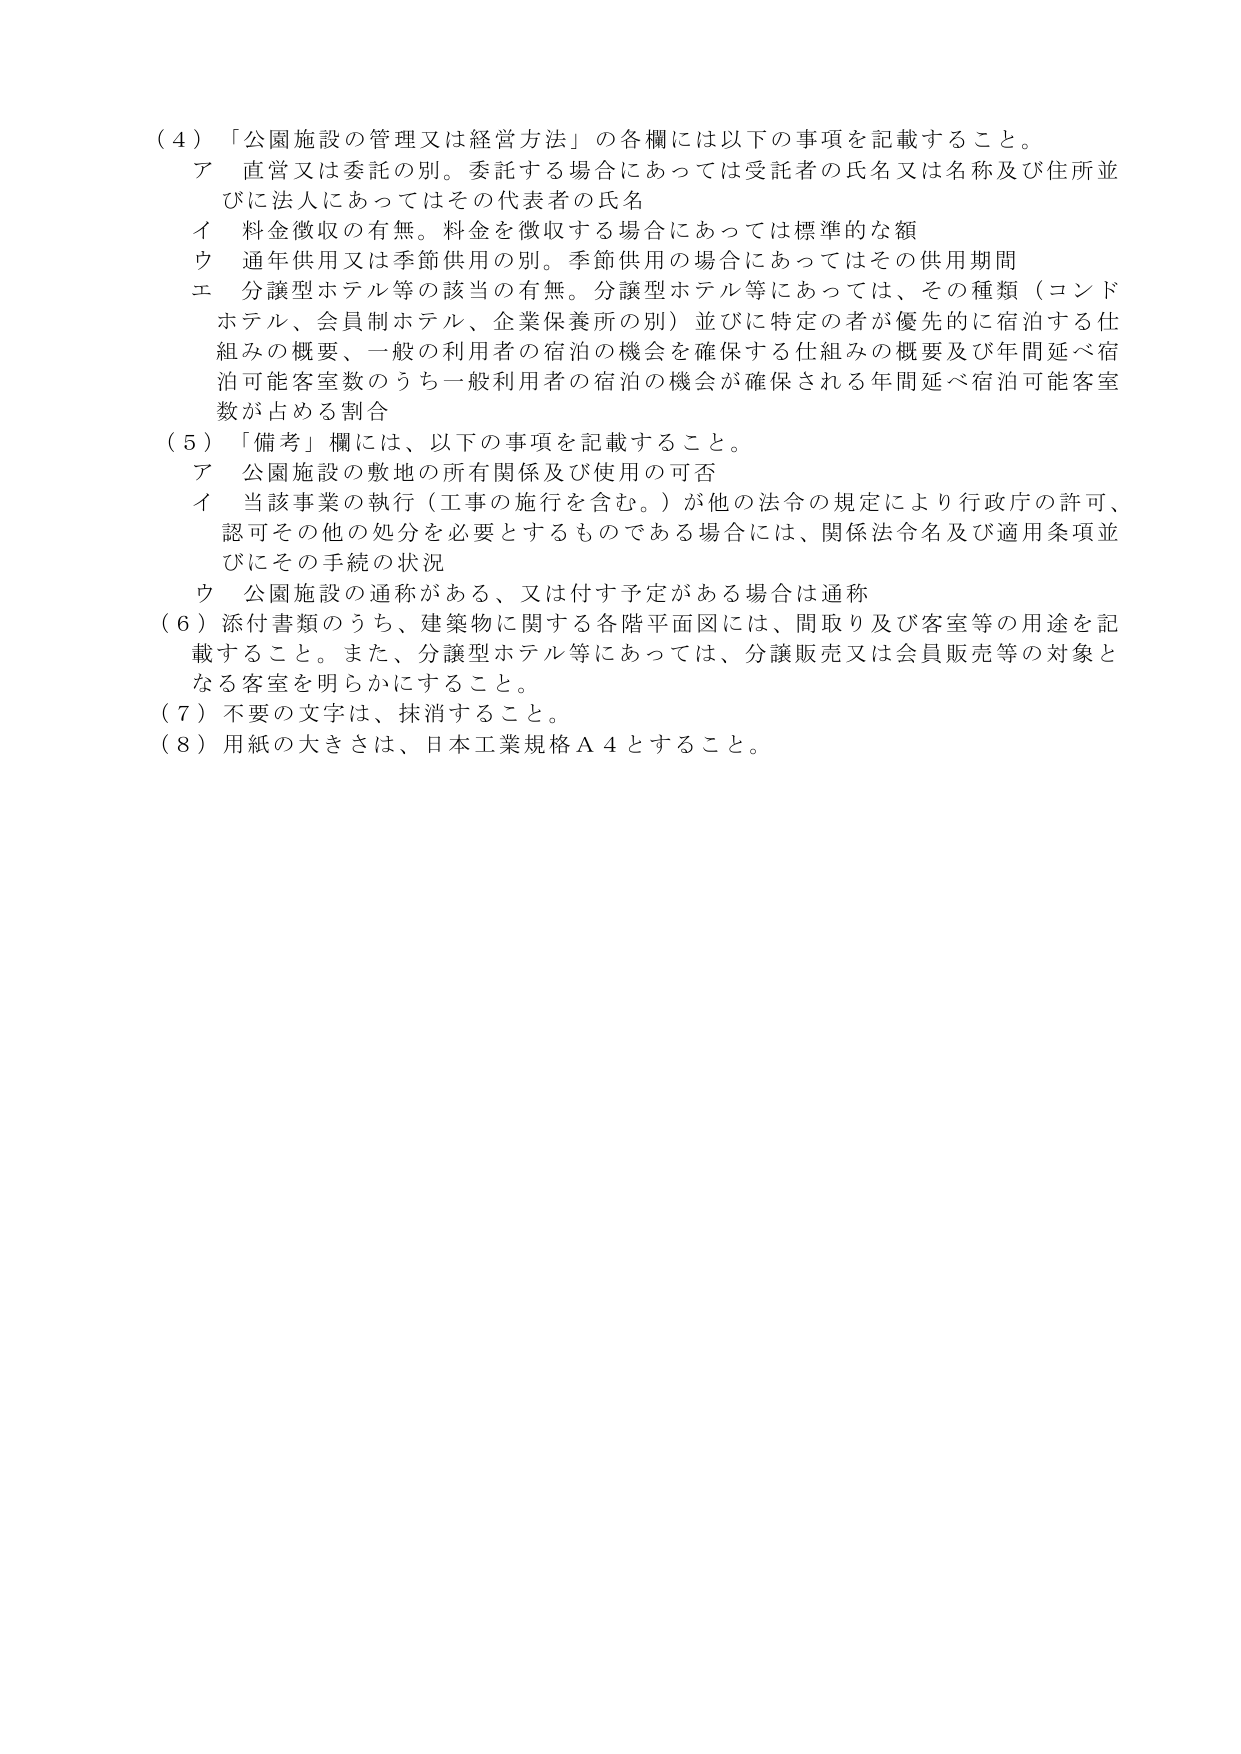
（４）「公園施設の管理又は経営方法」の各欄には以下の事項を記載すること。
　ア　直営又は委託の別。委託する場合にあっては受託者の氏名又は名称及び住所並びに法人にあってはその代表者の氏名
　イ　料金徴収の有無。料金を徴収する場合にあっては標準的な額
　ウ　通年供用又は季節供用の別。季節供用の場合にあってはその供用期間
　エ　分譲型ホテル等の該当の有無。分譲型ホテル等にあっては、その種類（コンドホテル、会員制ホテル、企業保養所の別）並びに特定の者が優先的に宿泊する仕組みの概要、一般の利用者の宿泊の機会を確保する仕組みの概要及び年間延べ宿泊可能客室数のうち一般利用者の宿泊の機会が確保される年間延べ宿泊可能客室数が占める割合
（５）「備考」欄には、以下の事項を記載すること。
　ア　公園施設の敷地の所有関係及び使用の可否
　イ　当該事業の執行（工事の施行を含む。）が他の法令の規定により行政庁の許可、認可その他の処分を必要とするものである場合には、関係法令名及び適用条項並びにその手続の状況
　ウ　公園施設の通称がある、又は付す予定がある場合は通称
（６）添付書類のうち、建築物に関する各階平面図には、間取り及び客室等の用途を記載すること。また、分譲型ホテル等にあっては、分譲販売又は会員販売等の対象となる客室を明らかにすること。
（７）不要の文字は、抹消すること。
（８）用紙の大きさは、日本工業規格Ａ４とすること。